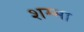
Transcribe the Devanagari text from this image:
शम्मा